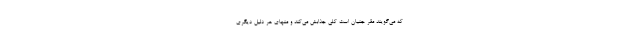
که می‌گویند مقر جنیان است کلی جذابش می‌کند و منهای هر دلیل دیگری